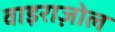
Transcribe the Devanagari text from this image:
वाइराज़ोल